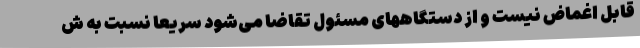
قابل اغماض نیست و از دستگاههای مسئول تقاضا می‌شود سریعا نسبت به ش